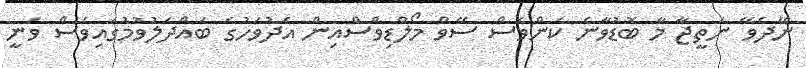
ނޭދެވޭ ނަތީޖާ މާ ބޮޑުވާނެ ކަންވެސް ސޭވް މޯލްޑިވްސްއިން އެދުވަހުގެ ބައްދަލުވުމުގައިވެސް ވަނީ